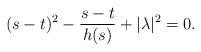
LaTeX: \begin{align*} (s-t)^2-\frac{s-t}{h(s)}+|\lambda|^2=0. \end{align*}